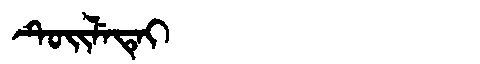
Manchu: ᡨᡠᡳᠯᡝᡨᡝᡳ
Romanization: TUILETEI